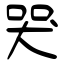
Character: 哭